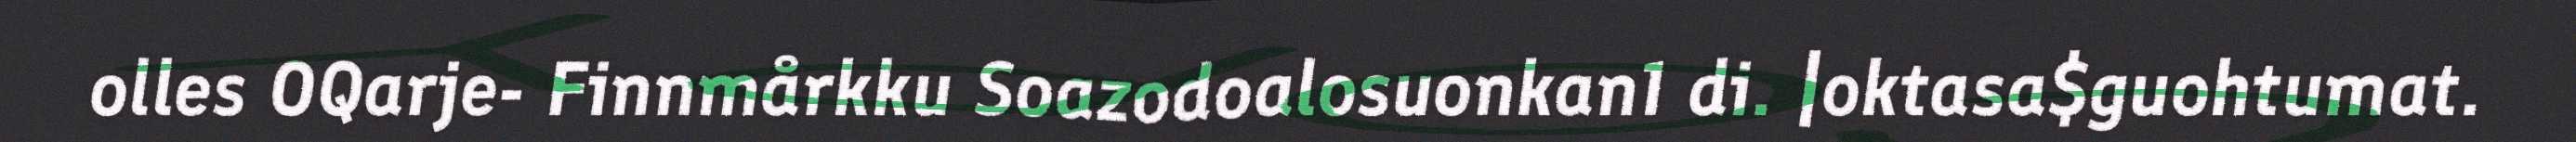
olles OQarje- Finnmårkku Soazodoalosuonkan1 di. |oktasa$guohtumat.